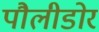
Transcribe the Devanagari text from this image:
पौलीडोर